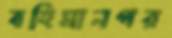
বহিমানগর